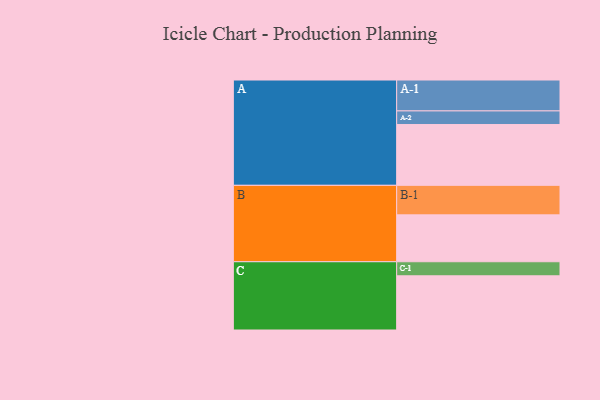
{"axis": {"x": "Segment", "y": "Value"}, "legend": ["", "A", "B", "C"], "data": [{"x": "A", "y": 484, "type": ""}, {"x": "B", "y": 373, "type": ""}, {"x": "C", "y": 431, "type": ""}, {"x": "A-1", "y": 246, "type": "A"}, {"x": "A-2", "y": 108, "type": "A"}, {"x": "B-1", "y": 235, "type": "B"}, {"x": "C-1", "y": 112, "type": "C"}]}